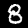
Digit: 8